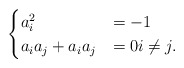
\begin{align*}\begin{cases}a_i^2&=-1\\a_ia_j+a_ia_j&=0 i\neq j.\end{cases}\end{align*}